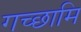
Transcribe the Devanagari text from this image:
गच्छामि